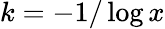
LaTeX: k=-1/\log x